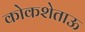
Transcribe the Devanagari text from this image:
कोकशेताऊ